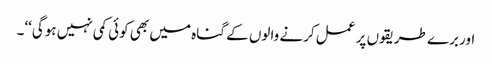
اور برے طریقوں پر عمل کرنے والوں کے گناہ میں بھی کوئی کمی نہیں ہوگی‘‘۔